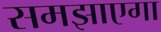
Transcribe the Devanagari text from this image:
समझाएगा